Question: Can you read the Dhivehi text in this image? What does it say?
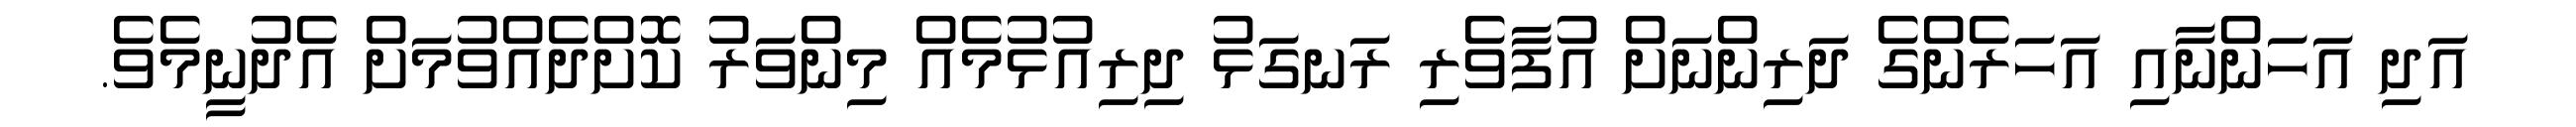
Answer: އަދި އަހަންނާއި އަހަރެންގެ ދަރިންނަށް އުފާވެރި ރަނގަޅު ދިރިއުޅުމެއް މިންވަރު ކޮށްދެއްވުމަށް އެދުނީމެވެ.